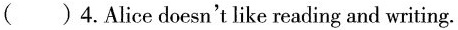
( )4.Alice doesn't like reading and writing.